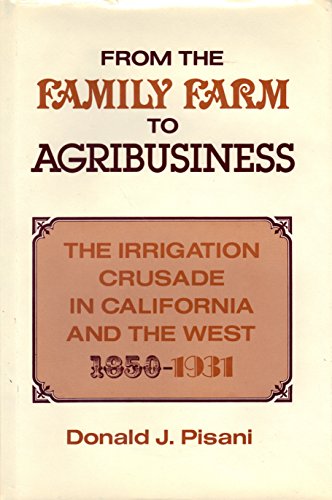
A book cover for From the Family Farm to Agribusiness: The Irrigation Crusade in California, 1850-1931; Donald J. Pisani; Science & Math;